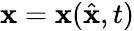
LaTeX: \mathbf{x}=\mathbf{x}(\hat{{\mathbf{x}}},t)